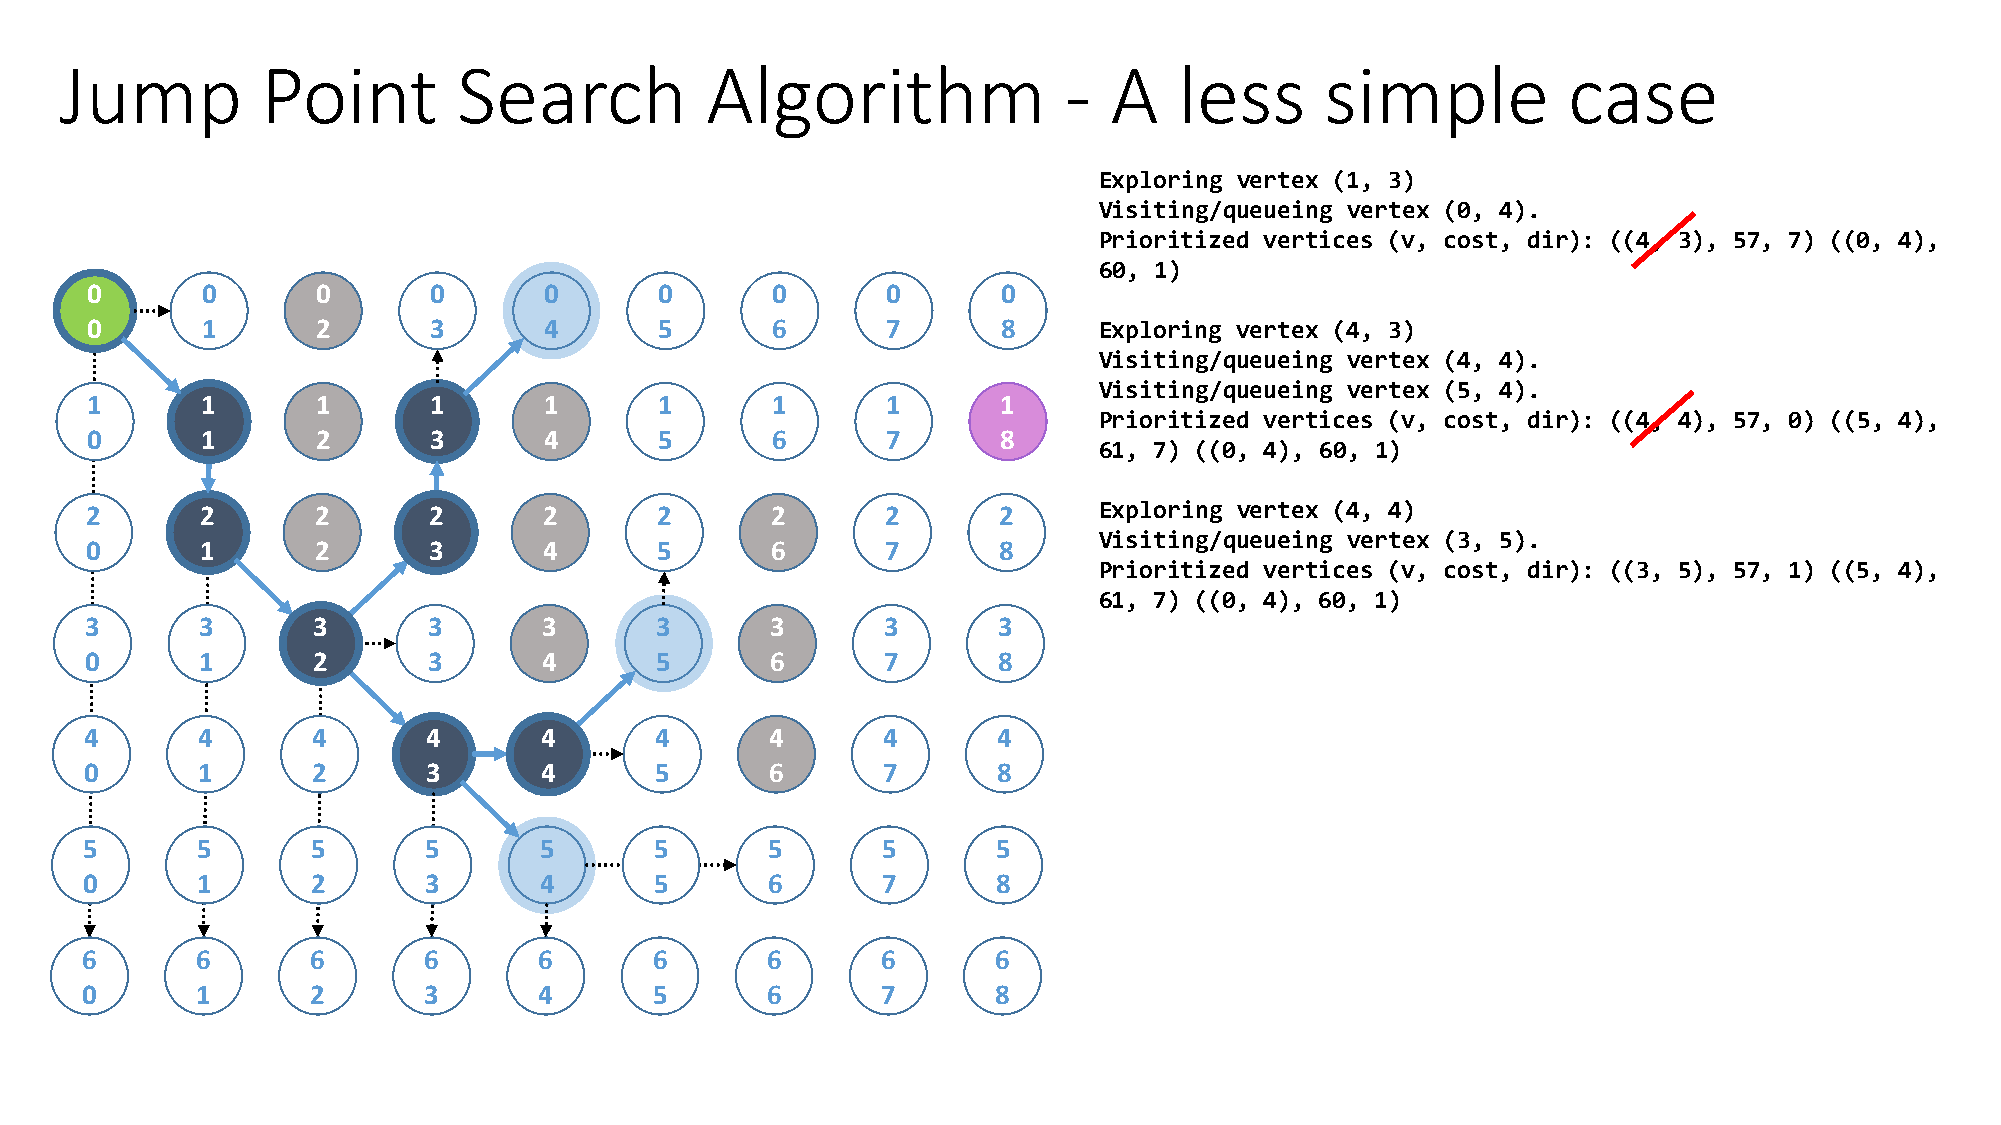
Jump         Point        Search           Algorithm              -  A    less      simple          case
 Exploring vertex (1, 3)
 Visiting/queueing vertex (0, 4).
 Prioritized vertices (v, cost, dir): ((4, 3), 57, 7) ((0, 4),
 60, 1)
 0      0       0      0       0       0      0       0      0
 0      1       2      3       4       5      6       7      8      Exploring vertex (4, 3)
 Visiting/queueing vertex (4, 4).
 Visiting/queueing vertex (5, 4).
 1      1       1      1       1       1      1       1      1
 Prioritized vertices (v, cost, dir): ((4, 4), 57, 0) ((5, 4),
 0      1       2      3       4       5      6       7      8
 61, 7) ((0, 4), 60, 1)
 2      2       2      2       2      2       2       2      2      Exploring vertex (4, 4)
 Visiting/queueing vertex (3, 5).
 0      1       2      3       4      5       6       7      8
 Prioritized vertices (v, cost, dir): ((3, 5), 57, 1) ((5, 4),
 61, 7) ((0, 4), 60, 1)
 3      3       3      3       3      3       3       3      3
 0      1       2      3       4      5       6       7      8
 4      4       4      4       4      4       4      4       4
 0      1       2      3       4      5       6      7       8
 5       5       5      5       5      5       5      5       5
 0       1       2      3       4      5       6      7       8
 6       6       6      6       6      6       6      6       6
 0       1       2      3       4      5       6      7       8